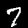
Digit: 7